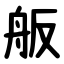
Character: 舨